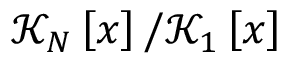
\mathcal { K } _ { N } \left[ x \right] / \mathcal { K } _ { 1 } \left[ x \right]